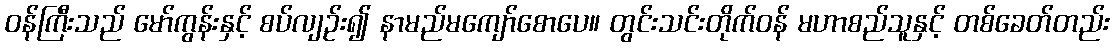
ဝန်ကြီးသည် မော်ကွန်းနှင့် စပ်လျဉ်း၍ နာမည်မကျော်စောပေ။ တွင်းသင်းတိုက်ဝန် မဟာစည်သူနှင့် တစ်ခေတ်တည်း